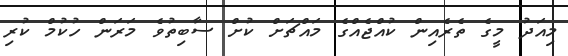
މިއަދު މީގެ ތެރެއިން ކުއްޖެއްގެ މައްޗަށް ކުށް ސާބިތުވެ މަރަން ހުކުމް ކުރި